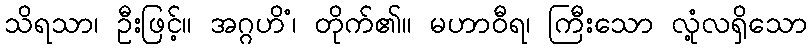
သိရသာ၊ ဦးဖြင့်။ အဂ္ဂဟိံ၊ တိုက်၏။ မဟာဝီရ၊ ကြီးသော လုံ့လရှိသော